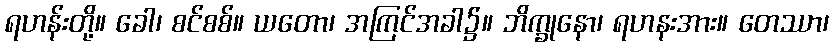
ရဟန်းတို့။ ခေါ၊ စင်စစ်။ ယတော၊ အကြင်အခါ၌။ ဘိက္ခုနော၊ ရဟနးအား။ တေဿာ၊